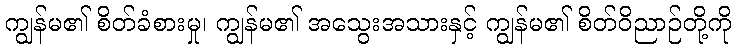
ကျွန်မ၏ စိတ်ခံစားမှု၊ ကျွန်မ၏ အသွေးအသားနှင့် ကျွန်မ၏ စိတ်ဝိညာဉ်တို့ကို